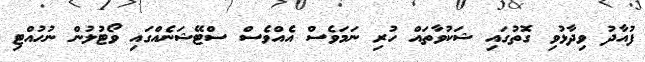
ފުއާދު ވިދާޅުވި ގޮތުގައި ޝަކުވާތައް ހުރި ނަމަވެސް އެއްވެސް ސްޓޭޝަނެއްގައި ވޯޓުލުން ނުހުއްޓި